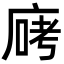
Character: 𫷶